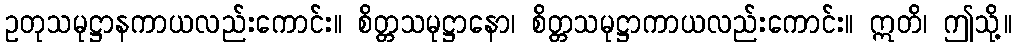
ဥတုသမုဋ္ဌာနကာယလည်းကောင်း။ စိတ္တသမုဋ္ဌာနော၊ စိတ္တသမုဋ္ဌာကာယလည်းကောင်း။ ဣတိ၊ ဤသို့။